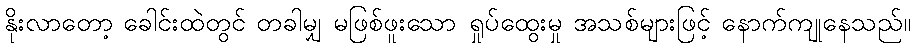
နိုးလာတော့ ခေါင်းထဲတွင် တခါမျှ မဖြစ်ဖူးသော ရှုပ်ထွေးမှု အသစ်များဖြင့် နောက်ကျုနေသည်။